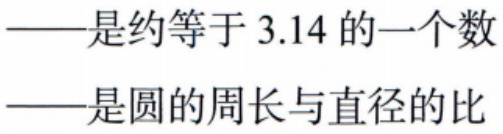
——是约等于 \(3.14\) 的一个数
——是圆的周长与直径的比